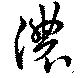
濃